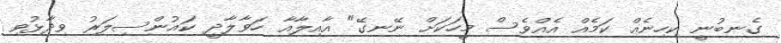
ގެނބުނީ ކިހިނެއް ކަމެއް އެއްވެސް މީހަކަށް ނޭނގޭ" އާއިލާއާ ހަވާލާދީ ކައުންސިލަރު ވިދާޅުވި